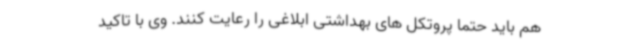
هم باید حتماً پروتکل های بهداشتی ابلاغی را رعایت کنند. وی با تاکید